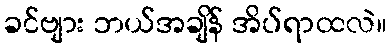
ခင်ဗျား ဘယ်အချိန် အိပ်ရာထလဲ။